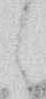
ら